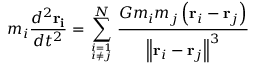
m _ { i } { \frac { d ^ { 2 } \mathbf { r _ { i } } } { d t ^ { 2 } } } = \sum _ { i = 1 \atop i \neq j } ^ { N } { \frac { G m _ { i } m _ { j } \left( \mathbf { r } _ { i } - \mathbf { r } _ { j } \right) } { \left\| \mathbf { r } _ { i } - \mathbf { r } _ { j } \right\| ^ { 3 } } }